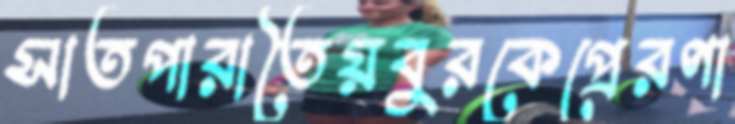
সাতপারাতৈয়বুরকেপ্রেরণা